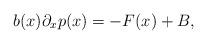
LaTeX: \begin{align*} b(x)\partial_x p(x) = -F(x) + B,\end{align*}